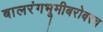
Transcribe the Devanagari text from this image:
बालरंगभूमीबरोबरच